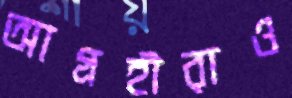
আগ্রহীরাও